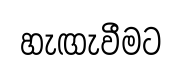
හැඟැවීමට